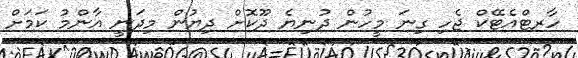
ހާރޓްއެޓޭކް ޖެހި ގިނަ މީހުން ދުނިޔެ ދޫކޮށް ދިޔުން މިދަނީ އާންމު ކަމަށް